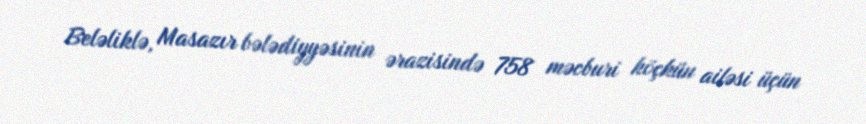
Beləliklə, Masazır bələdiyyəsinin ərazisində 758 məcburi köçkün ailəsi üçün